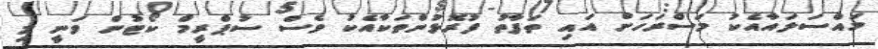
މައްސަލައާއެކު މަސްރަހަށް އައި ތަފާތު ފުރޮޅުންތަކާއެކު ވެސް ސުޕްރީމް ކޯޓުން ވަނީ މި